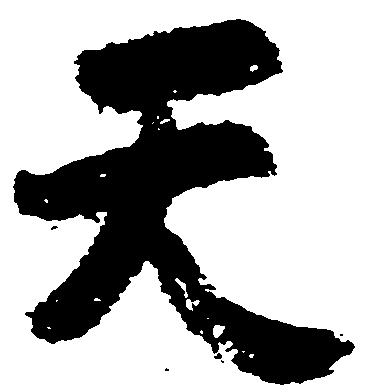
天